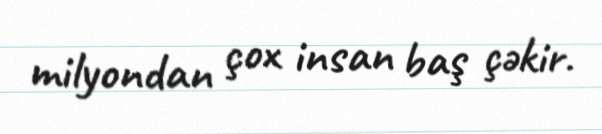
milyondan çox insan baş çəkir.